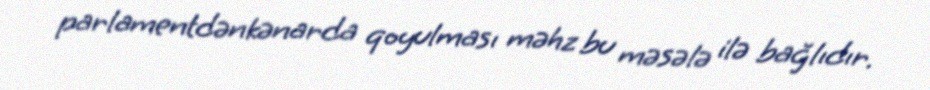
parlamentdənkənarda qoyulması məhz bu məsələ ilə bağlıdır.